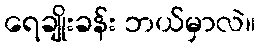
ရေချိုးခန်း ဘယ်မှာလဲ။